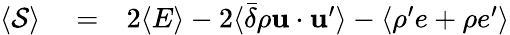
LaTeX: \begin{array}{rlr}{\langle{\cal S}\rangle}&{{}=}&{2\langle E\rangle-2\langle\bar{\delta}\rho{\mathbf u}\cdot{\mathbf u}^{\prime}\rangle-\langle\rho^{\prime}e+\rho e^{\prime}\rangle}\end{array}